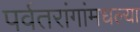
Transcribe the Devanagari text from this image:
पर्वतरांगांमधल्या